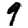
Digit: 9